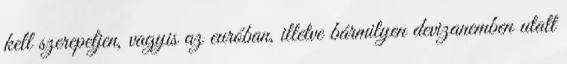
kell szerepeljen, vagyis az euróban, illetve bármilyen devizanemben utalt